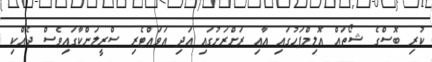
ކުރި ބޮސްގެ ޝޯތައް އޮލިމްޕަހުގައި އާއި ރަށްރަށުގައި އަދި އަވައްޓެރި ސްރީލަންކާގައިވެސް ދެއްކި